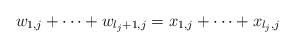
LaTeX: \begin{align*}w_{1,j} + \cdots + w_{l_j+1,j}=x_{1,j} + \cdots + x_{l_j,j}\end{align*}